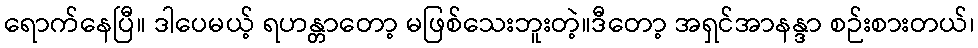
ရောက်နေပြီ။ ဒါပေမယ့် ရဟန္တာတော့ မဖြစ်သေးဘူးတဲ့။ဒီတော့ အရှင်အာနန္ဒာ စဉ်းစားတယ်၊